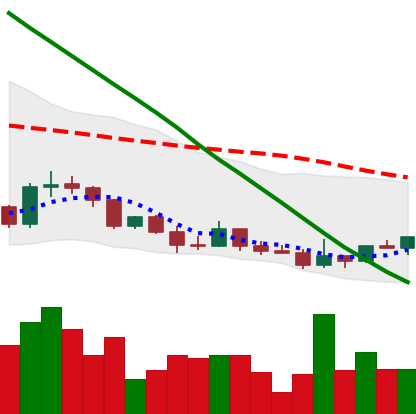
Ticker: DOGE-USD
Chart end date: 2022-03-18
Forward return: 8.735%
Label: up_7plus